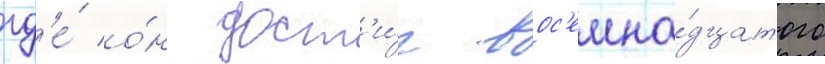
гд'е́ о́н дост'и́г вос'емна́дцатого